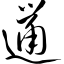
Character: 邋